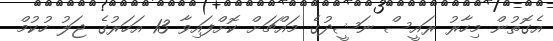
އެގޮތުން މިހާރު ރައީސް ނަޝީދުގެ މައްޗަށް ކޮށްފައިވާ 13 އަހަރުގެ ޖަލު ހުކުމް